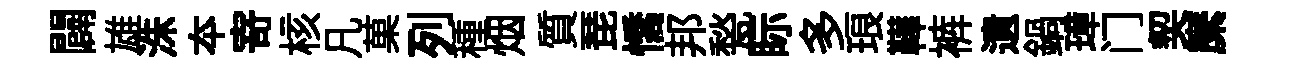
闢雄洙夲𭔃核凡菓列種烟質琵憍邦甃眎多琅鞾裤遺鍋璋门契縻